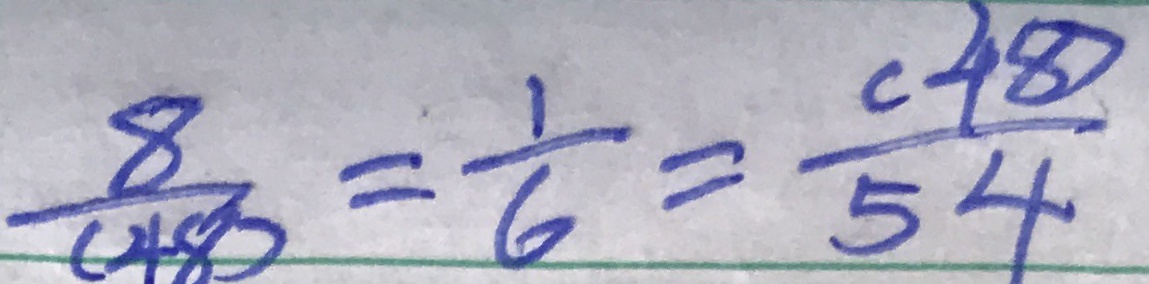
\frac { 8 } { ( 4 8 ) } = \frac { 1 } { 6 } = \frac { ( 4 8 ) } { 5 4 }